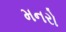
મનરો